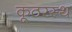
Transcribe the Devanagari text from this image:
कूठरस्थ